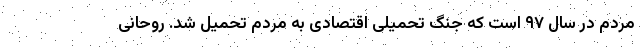
مردم در سال ۹۷ است که جنگ تحمیلی اقتصادی به مردم تحمیل شد. روحانی